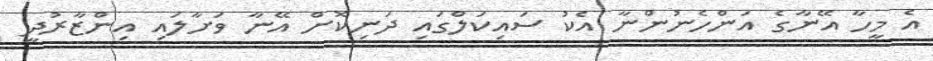
އެ މީހާ އޭނާގެ އަންހެނުންނާ އެކު ސައިކަލްގައި ދަނިކޮށް އޭނާ ވަށާލައި އިންޒާރުދީ